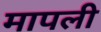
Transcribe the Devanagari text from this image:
मापली